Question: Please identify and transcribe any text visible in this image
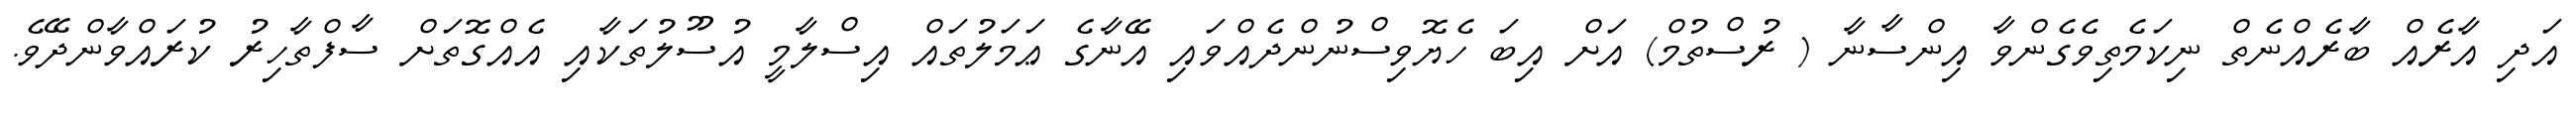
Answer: އަދި އާރެއް ބާރެއްނެތް ނިކަމެތިވެގެންވާ އިންސާނާ ( ރުސްތުމް) އަށް އިބަ ހެޔޮވިސްނުންދެއްވައި އޭނާގެ ޢަމަލުތައް އިސްލާމީ އުސޫލުތަކާއި އެއްގޮތަށް ސާފްތާހިރު ކުރައްވާންދޭވެ.